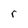
Character: r